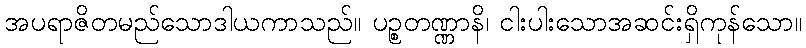
အပရာဇိတမည်သောဒါယကာသည်။ ပဉ္စတဏ္ဏာနိ၊ ငါးပါးသောအဆင်းရှိကုန်သော။